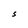
Character: S